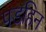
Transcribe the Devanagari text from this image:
पडहिन